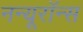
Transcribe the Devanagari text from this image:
नन्यूरॉन्स